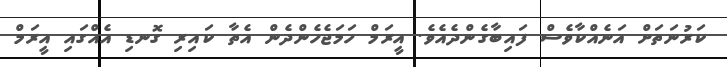
ކަރުނަތަށް އަނެއްކާވެސް ފައިބާގެންދެއެވެ. އީރަމް ހަމަޖެހެންދެން އެތާ ކައިރި ގޮނޑި އެއްގައި އީރަމް